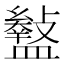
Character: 𥃎